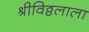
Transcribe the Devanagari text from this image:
श्रीविठ्ठलाला